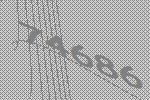
74686